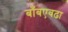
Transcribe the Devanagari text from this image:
बाँबएवढा